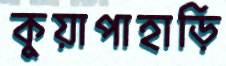
কুয়াপাহাড়ি